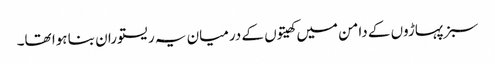
سبز پہاڑوں کے دامن میں کھیتوں کے درمیان یہ ریستوران بنا ہوا تھا۔